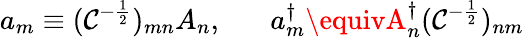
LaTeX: a_{m}\equiv(\mathcal{C}^{-\frac{{1}}{{2}}})_{mn}A_{n},\; \; \; \; \; \; a_{m}^{\dagger}\equivA_{n}^{\dagger}(\mathcal{C}^{-\frac{{1}}{{2}}})_{nm}